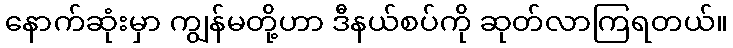
နောက်ဆုံးမှာ ကျွန်မတို့ဟာ ဒီနယ်စပ်ကို ဆုတ်လာကြရတယ်။